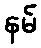
နမ်